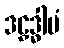
ဒဠှဒ္ဓါပံ